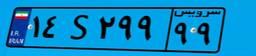
۸۹S۴۵۵۱۸